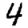
Digit: 4